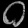
Digit: ၀